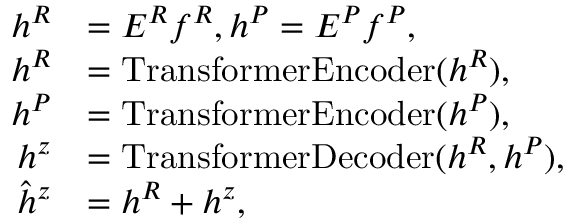
\begin{array} { r l } { h ^ { R } } & { = E ^ { R } f ^ { R } , h ^ { P } = E ^ { P } f ^ { P } , } \\ { h ^ { R } } & { = \mathrm { T r a n s f o r m e r E n c o d e r } ( h ^ { R } ) , } \\ { h ^ { P } } & { = \mathrm { T r a n s f o r m e r E n c o d e r } ( h ^ { P } ) , } \\ { h ^ { z } } & { = \mathrm { T r a n s f o r m e r D e c o d e r } ( h ^ { R } , h ^ { P } ) , } \\ { \hat { h } ^ { z } } & { = h ^ { R } + h ^ { z } , } \end{array}